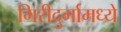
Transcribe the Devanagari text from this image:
गिरीदुर्गामध्ये